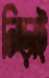
নিড়াই